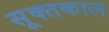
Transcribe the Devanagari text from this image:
सूक्तकाल